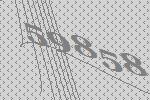
59858